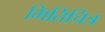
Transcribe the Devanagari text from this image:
भितिचित्र